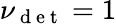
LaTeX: \nu_{\mathrm{~d~e~t~}}=1